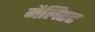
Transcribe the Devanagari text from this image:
मैलिएट